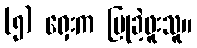
(၅) ရှေးက ပြုခဲ့ဖူးသူ။